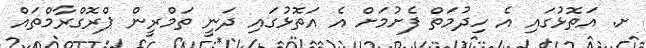
ށ. އަތޮޅުގައި އެ ހިދުމަތް ފެށުމަށް އެ އަތޮޅުގައި ދަނީ ތަމްރީން ޕްރޮގްރާމްތައް